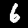
Digit: 6